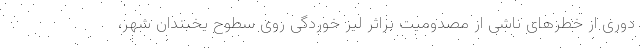
دوری از خطرهای ناشی از مصدومیت براثر لیز خوردگی روی سطوح یخبندان شهر،